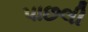
પાછલી